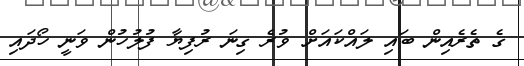
ގެ ތެރެއިން ބައި ލައްކައަށް ވުރެ ގިނަ ރުފިޔާ ފުލުހުން ވަނީ ހޯދައި